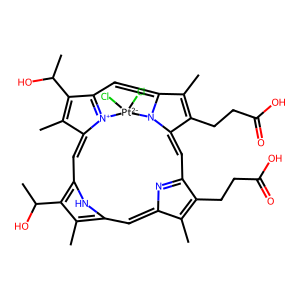
SMILES: CC1=C(CCC(=O)O)C2=NC1=Cc1[nH]c(c(C(C)O)c1C)C=C1C(C)=C(C(C)O)C3=[N+]1[Pt-2](Cl)(Cl)n1c(c(C)c(CCC(=O)O)c1=C2)=C3
Inhibits HIV replication: No